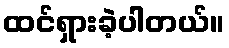
ထင်ရှားခဲ့ပါတယ်။